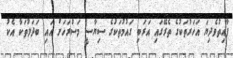
ފާއިތުވެދިޔަ އަހަރުތަކުގެ ތެރޭގައި އަރަބި ގައުމުތަކުގެ ސިޔާސީ މަސްރަހަށް އައި ބަދަލުތަކާ އެކު